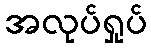
အလုပ်ရှုပ်